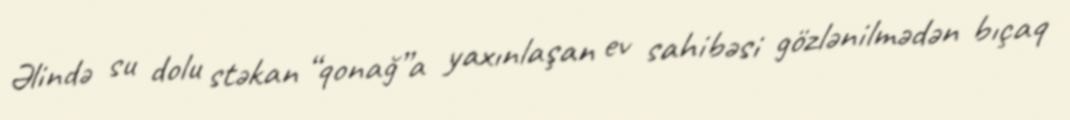
Əlində su dolu stəkan “qonağ”a yaxınlaşan ev sahibəsi gözlənilmədən bıçaq